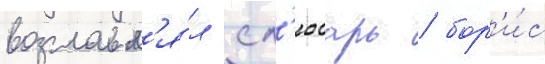
возглавл'я́л сл'юсарь / бор'и́с